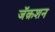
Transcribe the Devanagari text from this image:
जॅक़शन